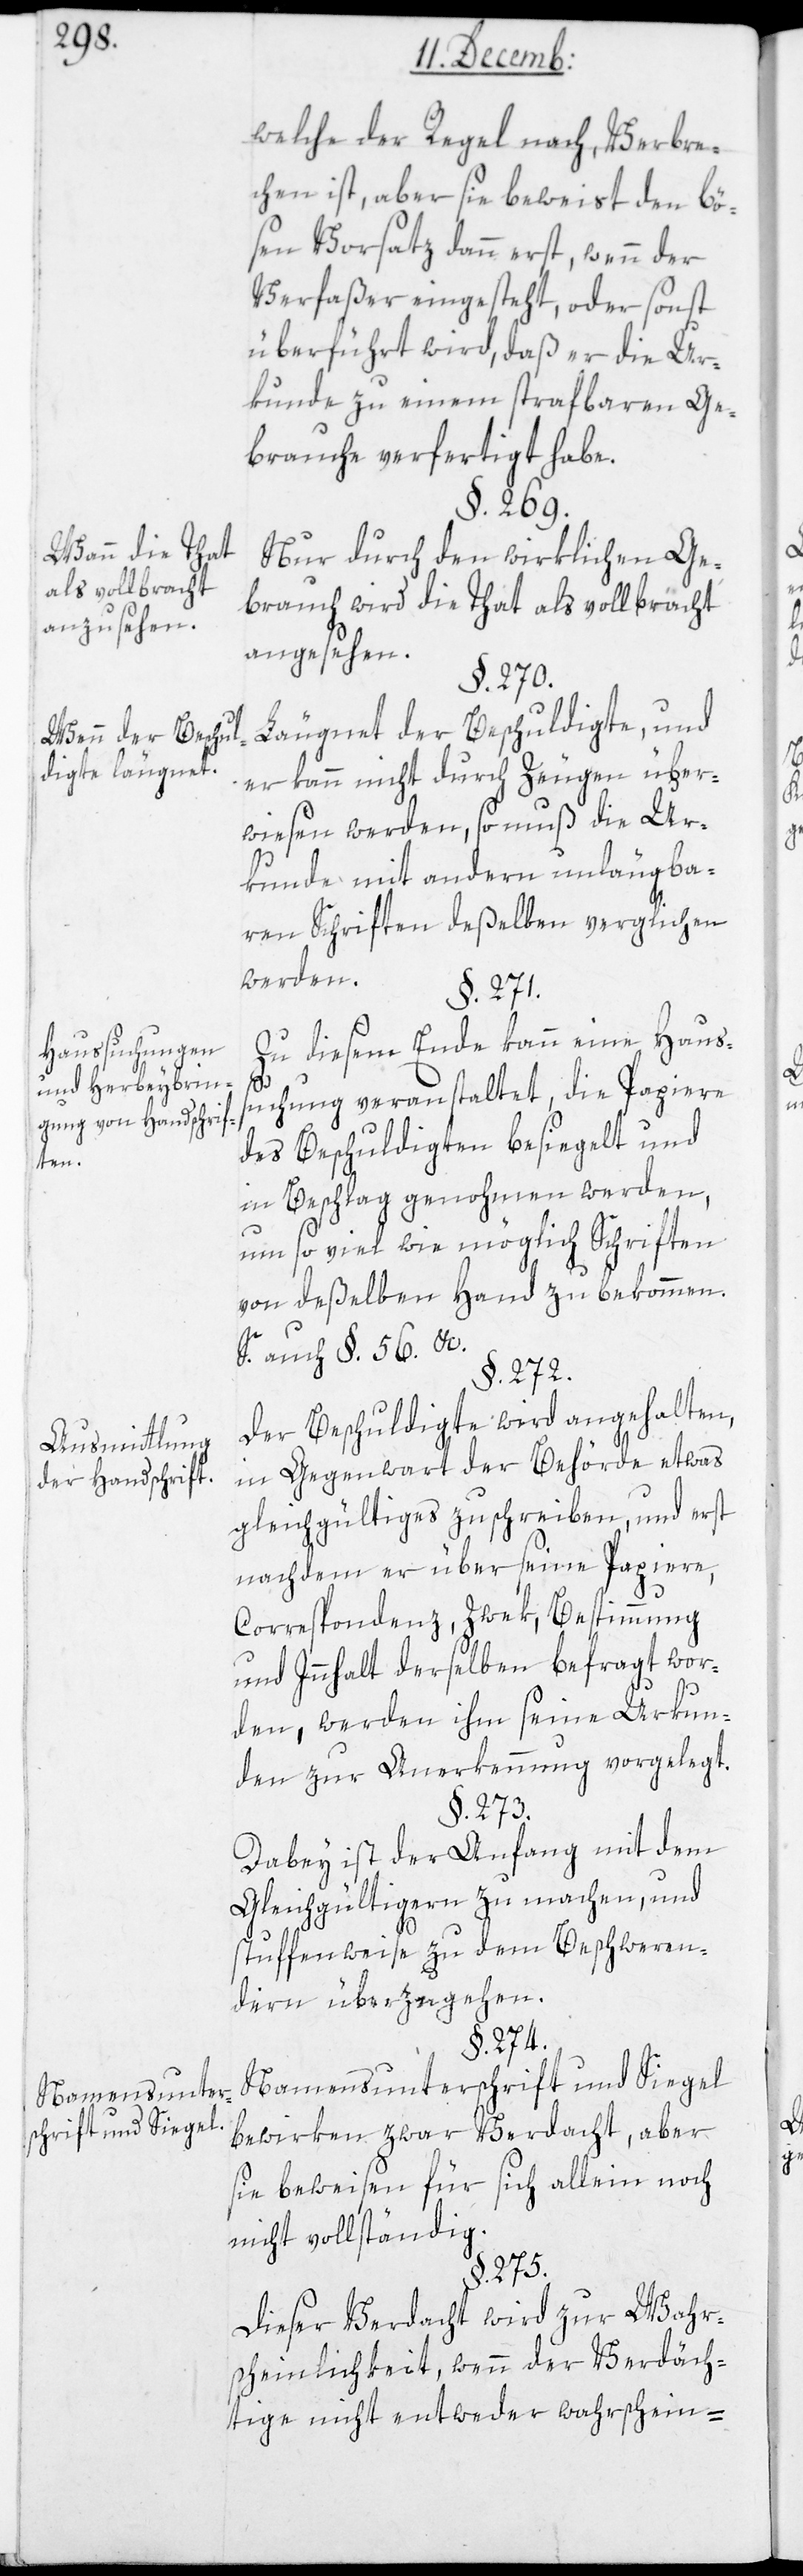
Wann die That
als vollbracht
anzusehen.
Wenn der Beschul¬
digte läugnet.
Haussuchungen
und Herbeybrin¬
gung von Hausschrif¬
Sie¬
Ausmittlung
der Handschrift.

welche der Regel nach Verbre¬
chen ist, aber sie beweist den bö¬
sen Vorsatz dann erst, wenn der
Verfaßer eingesteht, oder sonst
überführt wird, daß er die Ur¬
kunde zu einem strafbaren Ge¬
brauche verfertigt habe.
§. 269.
Nur durch wirklichen Ge¬
brauch wird die That als vollbracht
angesehen.
§. 270.
Läugnet der Beschuldigte, und
er kann nicht durch Zeugen über¬
wiesen werden, so muß die Ur¬
kunde mit andern unläugba¬
ren Schriften deßelben verglichen
werden.
§. 271.
Zu diesem Ende kann eine Haus¬
suchung veranstaltet, die Papiere
des Beschuldigten besiegelt und
in Beschlag genohmen werden,
um so viel wie möglich Schriften
von deßelben Hand zu bekommen.
he auch §. 56 etc.
§. 272.
Der Beschuldigte wird angehalten,
in Gegenwart der Behörde etwas
Gleichgültiges zu schreiben, und erst
nachdem er über seine Papiere,
Correspondenz, Zwek, Bestimmung
und Innhalt derselben befragt wor¬
den, werden ihm seine Urkun¬
den zur Anerkennung vorgelegt.
§. 273.
Dabey ist der Anfang mit dem
Gleichgültigern zu machen, und
stuffenweise zu dem Beschweren¬
dern überzugehen.
§. 274.
Namensunterschrift und Siegel
bewirken zwar Verdacht, aber
sie beweisen für sich allein noch
nicht vollständig.
§. 275.
Dieser Verdacht wird zur Wahr¬
scheinlichkeit, wenn der Verdäch¬
tige nicht entweder wahrschein-